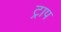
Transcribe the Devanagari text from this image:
ट्राप